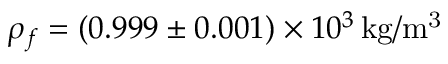
\rho _ { f } = \left( 0 . 9 9 9 \pm 0 . 0 0 1 \right) \times 1 0 ^ { 3 } \, \mathrm { k g / m ^ { 3 } }